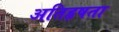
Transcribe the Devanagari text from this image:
अतिहृषता